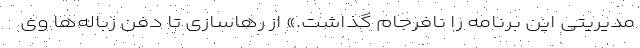
مدیریتی این برنامه را نافرجام گذاشت.» از رهاسازی تا دفن زباله‌ها وی